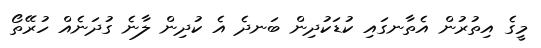
މީގެ އިތުރުން އެތާނގައި ކުޑަކުދިން ބަނދެ އެ ކުދިން ލާނެ ގުދަނެއް ހުރޭތޯ